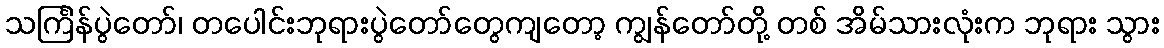
သင်္ကြန်ပွဲတော်၊ တပေါင်းဘုရားပွဲတော်တွေကျတော့ ကျွန်တော်တို့ တစ် အိမ်သားလုံးက ဘုရား သွား